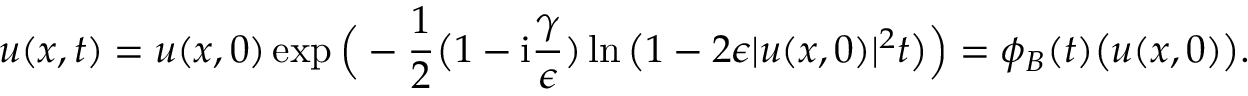
u ( x , t ) = u ( x , 0 ) \exp \Big ( - \frac { 1 } { 2 } \big ( 1 - \mathrm { i } \frac { \gamma } { \epsilon } ) \ln \big ( 1 - 2 \epsilon \lvert u ( x , 0 ) \rvert ^ { 2 } t \big ) \Big ) = \phi _ { B } ( t ) \big ( u ( x , 0 ) \big ) .